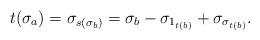
LaTeX: \begin{align*}t(\sigma_a) = \sigma_{s(\sigma_b)}= \sigma_b - \sigma_{1_{t(b)}} + \sigma_{\sigma_{t(b)}}.\end{align*}